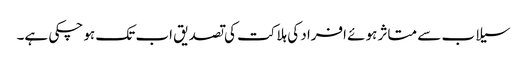
سیلاب سے متاثر ہوئے افراد کی ہلاکت کی تصدیق اب تک ہو چکی ہے۔